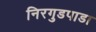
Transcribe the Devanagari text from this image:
निरगुडपाडा